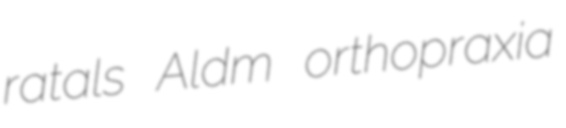
ratals Aldm orthopraxia